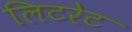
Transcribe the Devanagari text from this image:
लिटरेट